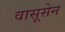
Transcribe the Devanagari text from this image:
वासूसेन